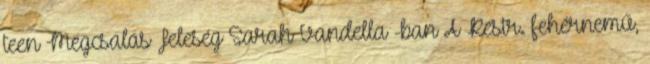
teen Megcsalás Feleség Sarah Vandella -ban A Restr. fehérnemű,